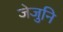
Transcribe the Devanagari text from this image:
जेजुनि